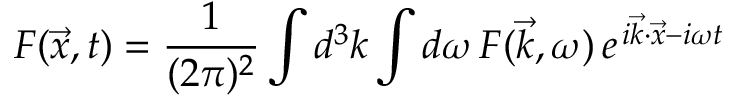
F ( \vec { x } , t ) = \frac { 1 } { ( 2 \pi ) ^ { 2 } } \int d ^ { 3 } k \int d \omega \, F ( \vec { k } , \omega ) \, e ^ { \, i \vec { k } \cdot \vec { x } - i \omega t }